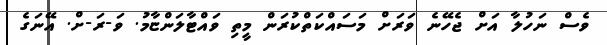
ވެސް ނަހުލާ އަށް ޖެހޭނެ ވަރަށް މަސައްކަތްކުރަން މީތި ވައްޓާލަންޏާމު. ވަ-ރަ-ށް. އޭނަގެ